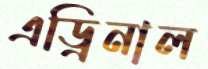
এড্রিনাল